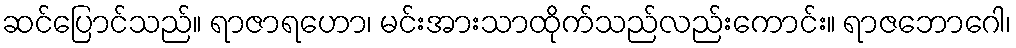
ဆင်ပြောင်သည်။ ရာဇာရဟော၊ မင်းအားသာထိုက်သည်လည်းကောင်း။ ရာဇဘောဂေါ၊